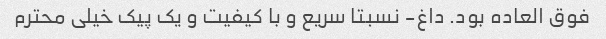
فوق العاده بود. داغ- نسبتا سریع و با کیفیت و یک پیک خیلی محترم